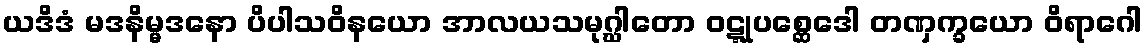
ယဒိဒံ မဒနိမ္မဒနော ပိပါသဝိနယော အာလယသမုဂ္ဃါတော ဝဋ္ဋုပစ္ဆေဒေါ တဏှက္ခယော ဝိရာဂေါ